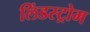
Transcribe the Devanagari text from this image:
लिंडस्ट्रोम